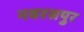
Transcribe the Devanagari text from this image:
नवरसपुर